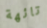
تائهة